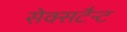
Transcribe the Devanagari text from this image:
सेक्सटैन्ट